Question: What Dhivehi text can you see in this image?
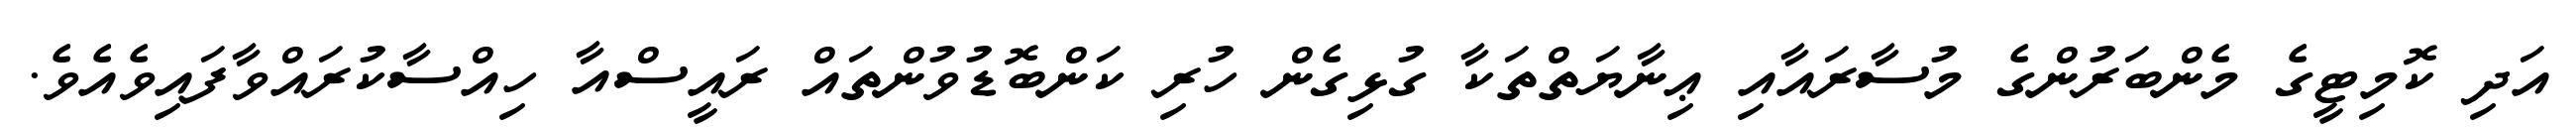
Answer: އަދި ކޮމިޓީގެ މެންބަރުންގެ މުސާރައާއި ޢިނާޔަތްތަކާ ގުޅިގެން ހުރި ކަންބޮޑުވުންތައް ރައީސްއާ ހިއްސާކުރައްވާފައިވެއެވެ.